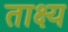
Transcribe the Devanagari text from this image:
ताक्ष्य